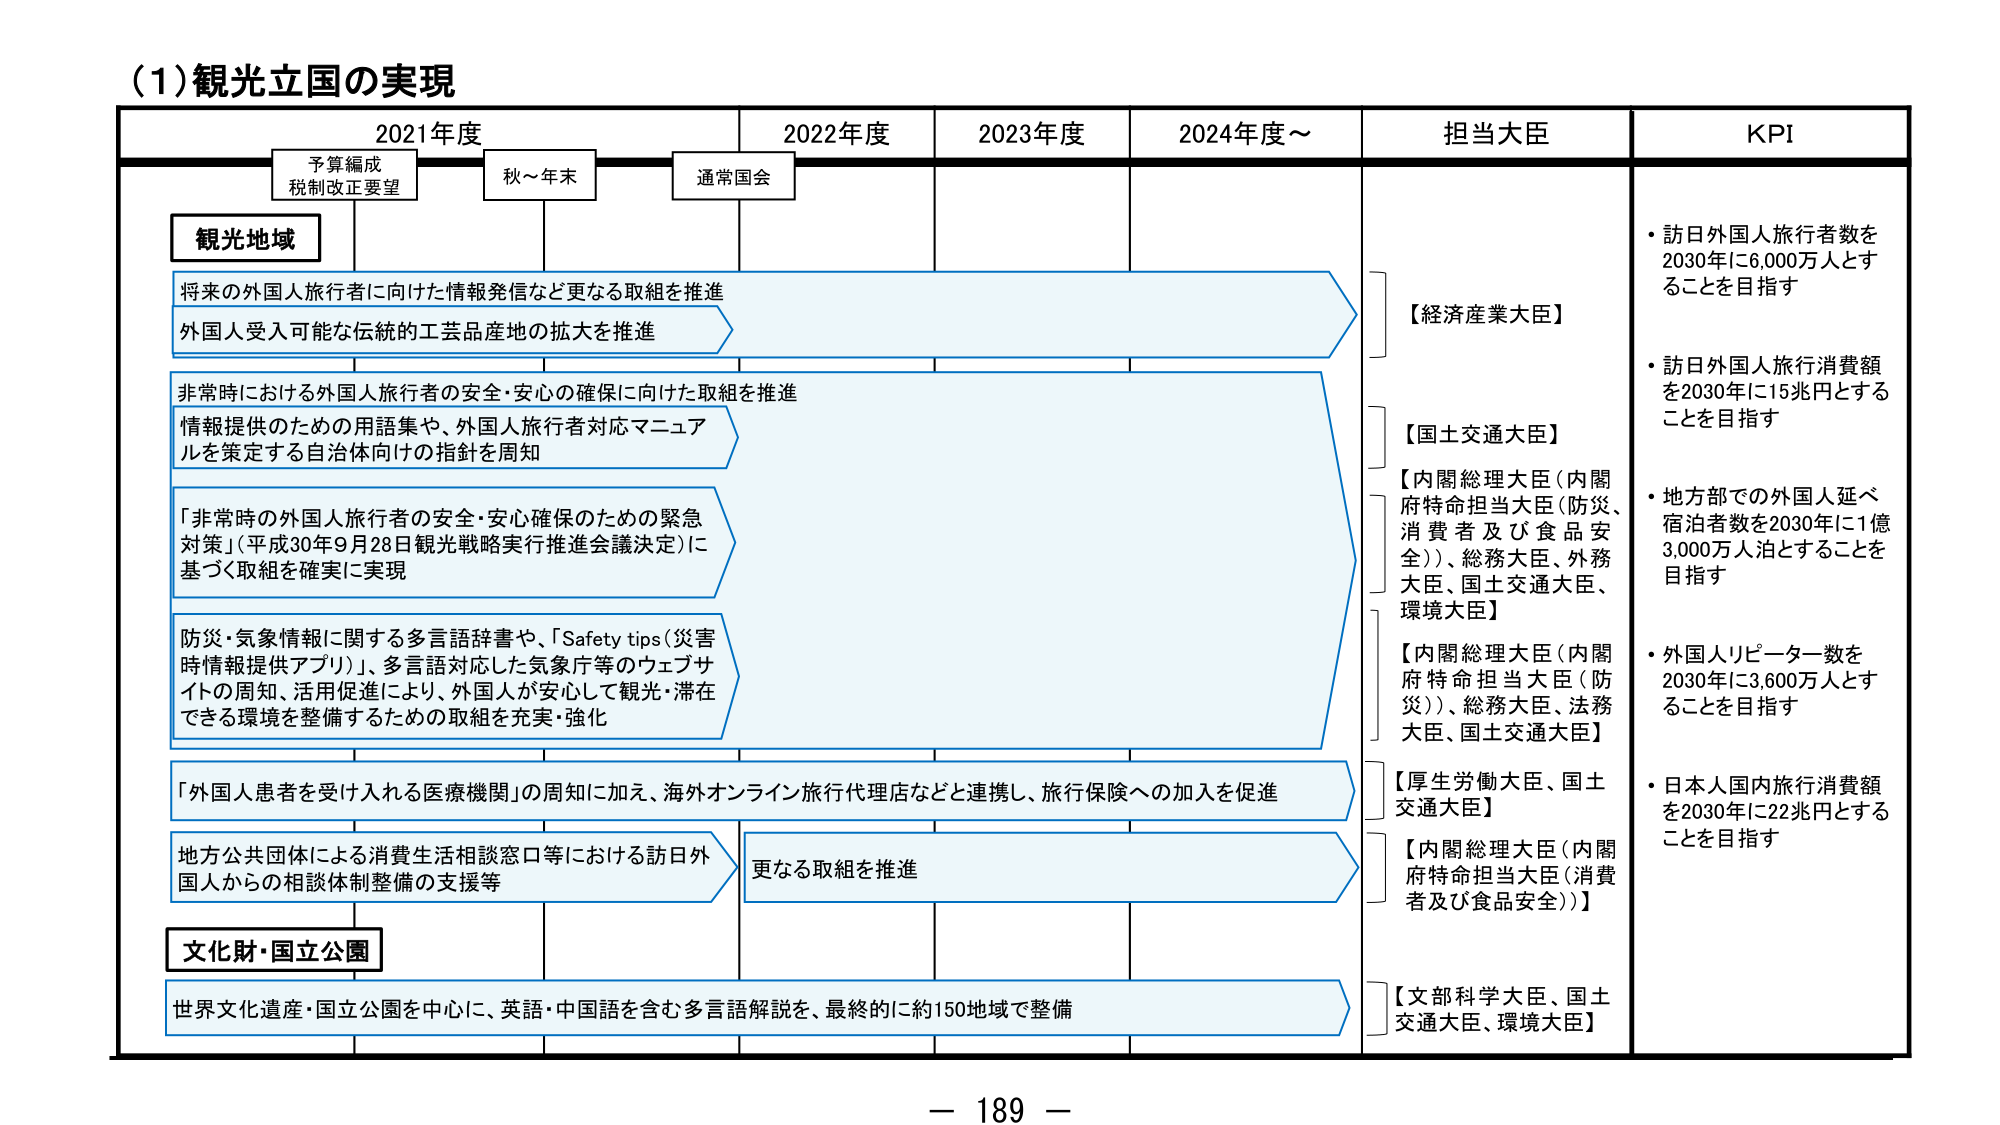
(1) 観光立国の実現

2021年度　　　　　2022年度　　　　　2023年度　　　　　2024年度～

予算編成
税制改正要望　　　秋～年末　　　　　通常国会

観光地域

将来の外国人旅行者に向けた情報発信など更なる取組を推進
外国人受入可能な伝統的工芸品産地の拡大を推進

非常時における外国人旅行者の安全・安心の確保に向けた取組を推進
情報提供のための用語集や、外国人旅行者対応マニュアルを策定する自治体向けの指針を周知

「非常時の外国人旅行者の安全・安心確保のための緊急対策」（平成30年9月28日観光戦略実行推進会議決定）に基づく取組を確実に実現

防災・気象情報に関する多言語辞書や、「Safety tips（災害時情報提供アプリ）」、多言語対応した気象庁等のウェブサイトの周知、活用促進により、外国人が安心して観光・滞在できる環境を整備するための取組を充実・強化

「外国人患者を受け入れる医療機関」の周知に加え、海外オンライン旅行代理店などと連携し、旅行保険への加入を促進

地方公共団体による消費生活相談窓口等における訪日外国人からの相談体制整備の支援等

更なる取組を推進

文化財・国立公園

世界文化遺産・国立公園を中心に、英語・中国語を含む多言語解説を、最終的に約150地域で整備

担当大臣

【経済産業大臣】

【国土交通大臣】

【内閣総理大臣（内閣府特命担当大臣（防災、消費者及び食品安全））、総務大臣、外務大臣、国土交通大臣、環境大臣】

【内閣総理大臣（内閣府特命担当大臣（防災））、総務大臣、法務大臣、国土交通大臣】

【厚生労働大臣、国土交通大臣】

【内閣総理大臣（内閣府特命担当大臣（消費者及び食品安全））】

【文部科学大臣、国土交通大臣、環境大臣】

KPI

・訪日外国人旅行者数を2030年に6,000万人とすることを目指す

・訪日外国人旅行消費額を2030年に15兆円とすることを目指す

・地方部での外国人延べ宿泊者数を2030年に1億3,000万人泊とすることを目指す

・外国人リピーター数を2030年に3,600万人とすることを目指す

・日本人国内旅行消費額を2030年に22兆円とすることを目指す

－ 189 －